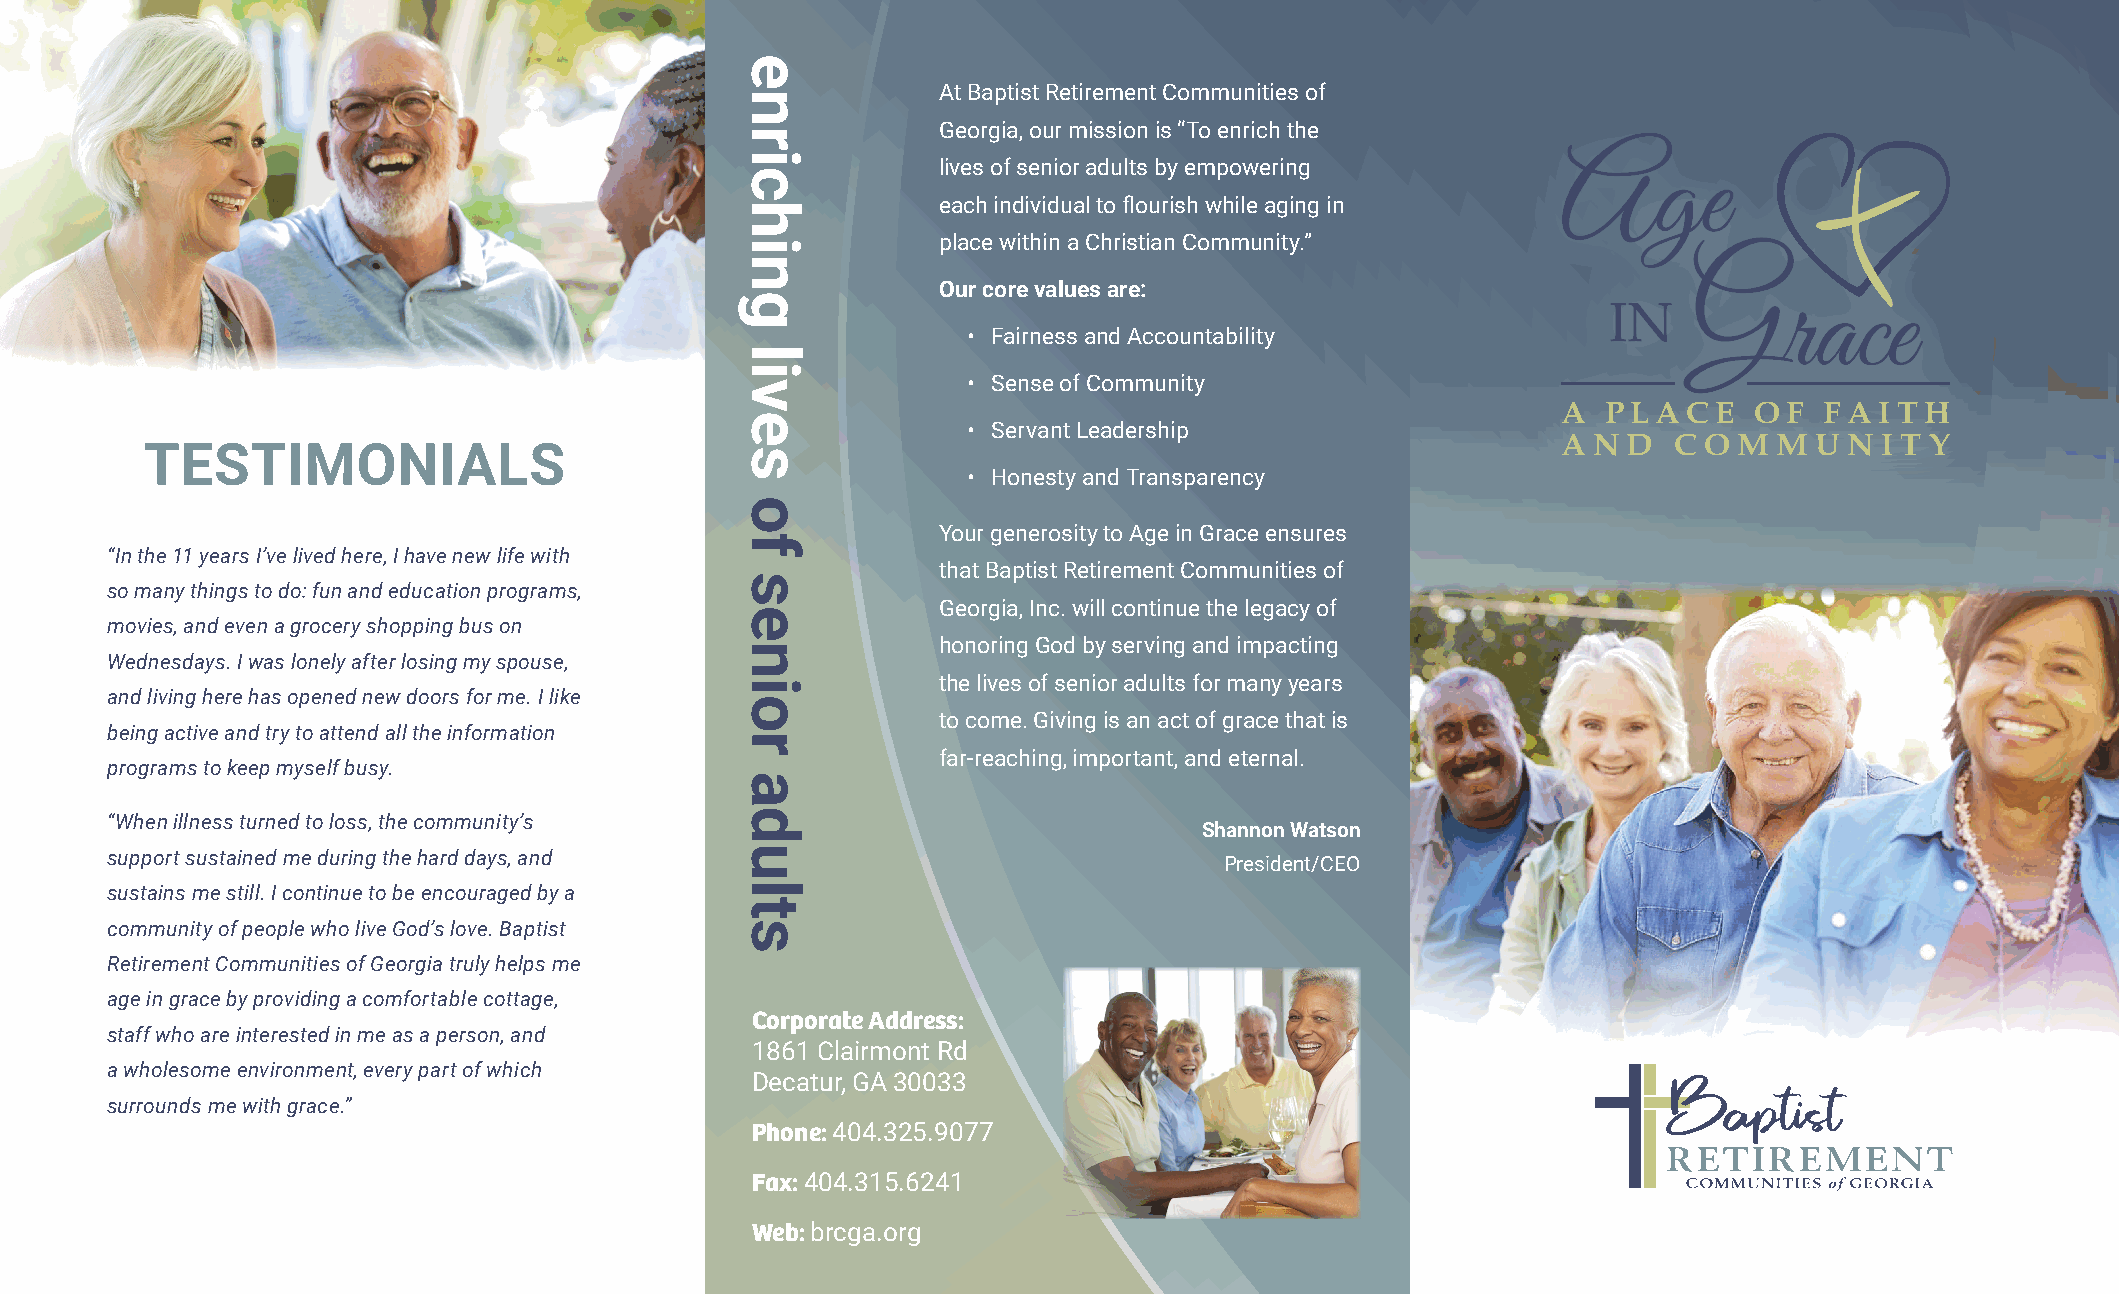
At Baptist Retirement Communities of
 Georgia, our mission is “To enrich the
 lives of senior adults by empowering
 each individual to flourish while aging in
 place within a Christian Community.”
 Our core values are:
 • Fairness and Accountability
 • Sense of Community
 AAA PPPLLLAAACCCEEE OOOFFF FFFAAAIIITTTHHH
 • Servant Leadership
 AAA NNN DDD CCC OOO MMM MMM UUU NNN III TTT YYY
 TESTIMONIALS
 • Honesty and Transparency
 Your generosity to Age in Grace ensures
 “In the 11 years I’ve lived here, I have new life with
 that Baptist Retirement Communities of
 so many things to do: fun and education programs,
 Georgia, Inc. will continue the legacy of
 movies, and even a grocery shopping bus on
 honoring God by serving and impacting
 Wednesdays. I was lonely after losing my spouse,
 the lives of senior adults for many years
 and living here has opened new doors for me. I like
 to come. Giving is an act of grace that is
 being active and try to attend all the information
 far-reaching, important, and eternal.
 programs to keep myself busy.
 “When illness turned to loss, the community’s
 Shannon Watson
 support sustained me during the hard days, and
 President/CEO
 sustains me still. I continue to be encouraged by a
 community of people who live God’s love. Baptist
 Retirement Communities of Georgia truly helps me
 age in grace by providing a comfortable cottage,
 Corporate Address:
 staff who are interested in me as a person, and
 1861 Clairmont Rd
 a wholesome environment, every part of which
 Decatur, GA 30033
 surrounds me with grace.”
 Phone: 404.325.9077
 Fax: 404.315.6241
 Web: brcga.org
 enriching
 lives
 of
 senior
 adults